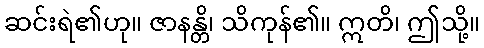
ဆင်းရဲ၏ဟု။ ဇာနန္တိ၊ သိကုန်၏။ ဣတိ၊ ဤသို့။